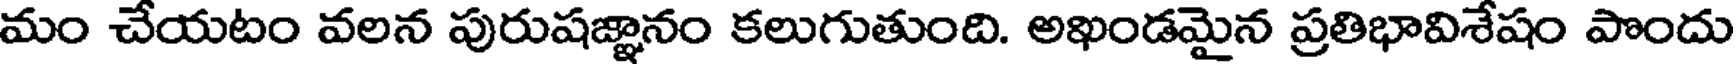
మం చేయటం వలన పురుషజ్ఞానం కలుగుతుంది. అఖండమైన ప్రతిభావిశేషం పొందు